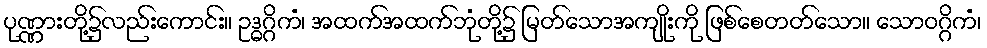
ပုဏ္ဏားတို့၌လည်းကောင်း။ ဥဒ္ဓဂ္ဂိကံ၊ အထက်အထက်ဘုံတို့၌ မြတ်သောအကျိုးကို ဖြစ်စေတတ်သော။ သောဝဂ္ဂိကံ၊